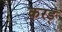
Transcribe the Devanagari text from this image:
करड्